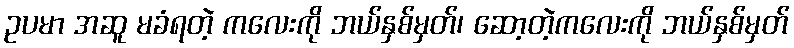
ဥပမာ အဆူ မခံရတဲ့ ကလေးကို ဘယ်နှစ်မှတ်၊ ဆော့တဲ့ကလေးကို ဘယ်နှစ်မှတ်